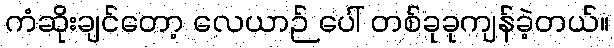
ကံဆိုးချင်တော့ လေယာဉ် ပေါ် တစ်ခုခုကျန်ခဲ့တယ်။